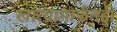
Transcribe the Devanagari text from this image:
खात्यामार्फतही